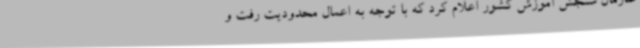
سازمان سنجش آموزش کشور اعلام کرد که با توجه به اعمال محدودیت رفت و